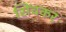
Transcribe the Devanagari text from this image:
सिंचकर